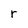
Character: r